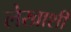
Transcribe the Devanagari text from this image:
लेखाशी